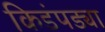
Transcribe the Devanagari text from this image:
किडंपड्या